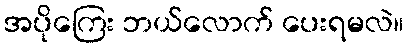
အပိုကြေး ဘယ်လောက် ပေးရမလဲ။